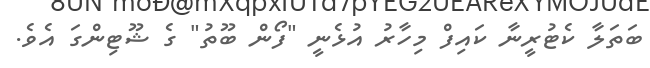
ބަތަލާ ކެޓުރީނާ ކައިފް މިހާރު އުޅެނީ "ފޯން ބޫތު" ގެ ޝޫޓިންގަ އެވެ.